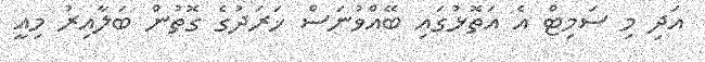
އަދި މި ސަމިޓް އެ އަތޮޅުގައި ބޭއްވުނަސް ޚަރަދުގެ ގޮތުން ބަލާއިރު މިއީ